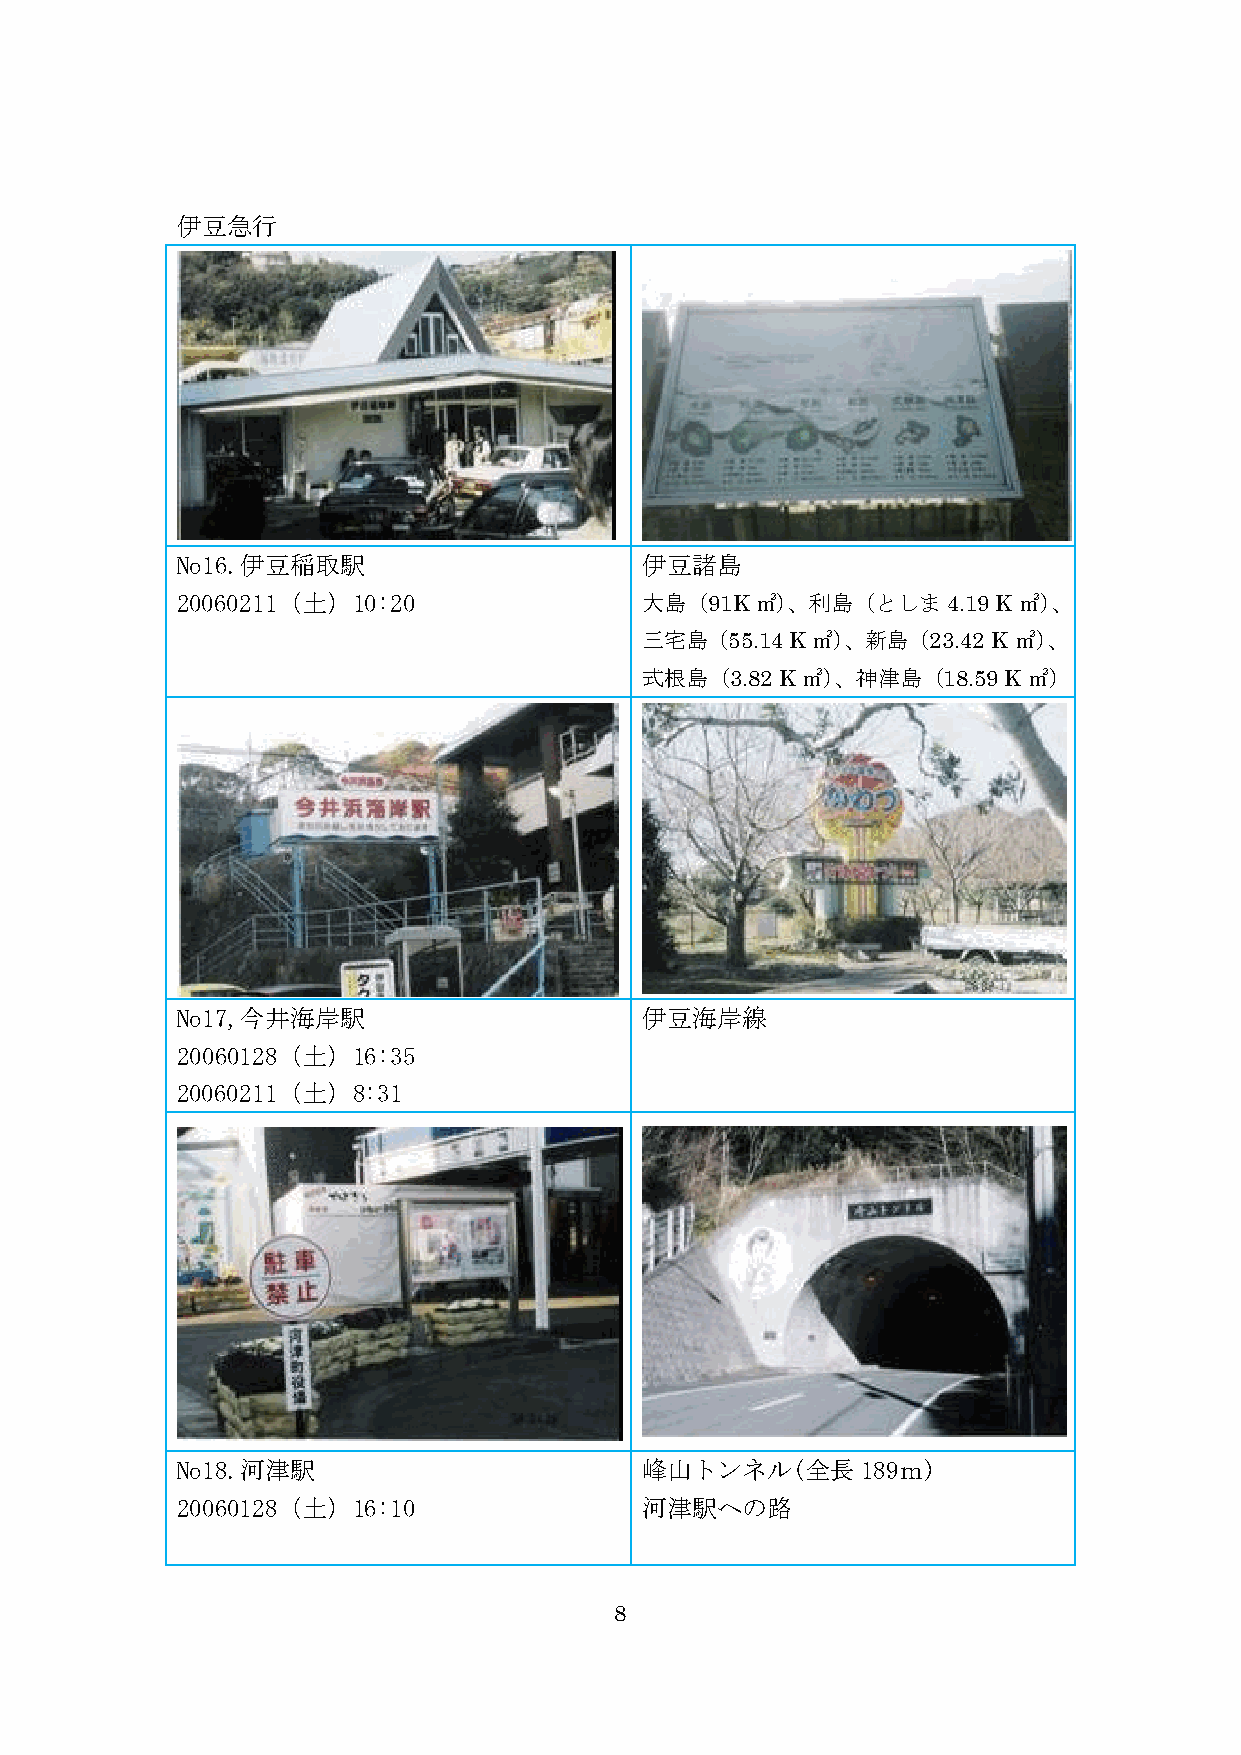
伊豆急行
 No16.伊豆稲取駅                    伊豆諸島
 20060211（土）10:20              大島（91K㎡）、利島（としま4.19     K㎡）、
 三宅島（55.14 K㎡）、新島（23.42  K㎡）、
 式根島（3.82  K㎡）、神津島（18.59 K㎡）
 No17,今井海岸駅                    伊豆海岸線
 20060128（土）16:35
 20060211（土）8:31
 No18.河津駅                      峰山トンネル(全長189ｍ)
 20060128（土）16:10              河津駅への路
 8